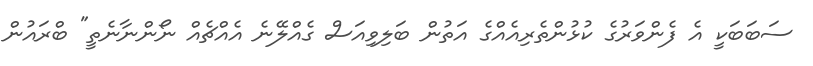
ސަބަބަކީ އެ ފެންވަރުގެ ކުޅުންތެރިއެއްގެ އަތުން ބަލިވިއަސް ގެއްލޭނެ އެއްޗެއް ނޯންނާނެތީ" ބްރައުން